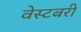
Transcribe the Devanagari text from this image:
वेस्टबरी